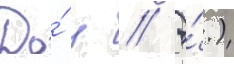
До́ н // Э́.)